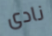
نادى